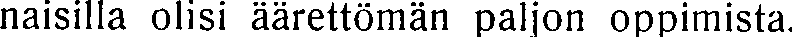
naisilla olisi äärettömän paljon oppimista.